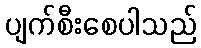
ပျက်စီးစေပါသည်